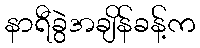
နာရီခွဲအချိန်ခန့်က